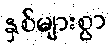
နှစ်များစွာ